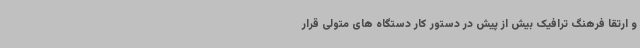
و ارتقا فرهنگ ترافیک بیش از پیش در دستور کار دستگاه های متولی قرار